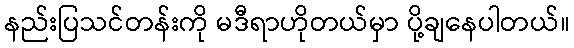
နည်းပြသင်တန်းကို မဒီရာဟိုတယ်မှာ ပို့ချနေပါတယ်။